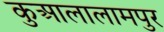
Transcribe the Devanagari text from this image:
कुआलालामपुर